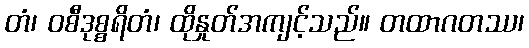
တံ၊ ဝစီဒုစ္စရိတံ၊ ထိုနှုတ်အကျင့်သည်။ တထာဂတဿ၊